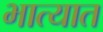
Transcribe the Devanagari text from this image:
भात्यात